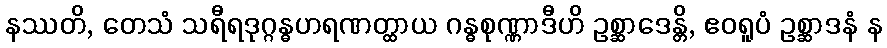
နဿတိ, တေသံ သရီရဒုဂ္ဂန္ဓဟရဏတ္ထာယ ဂန္ဓစုဏ္ဏာဒီဟိ ဥစ္ဆာဒေန္တိ, ဧဝရူပံ ဥစ္ဆာဒနံ န